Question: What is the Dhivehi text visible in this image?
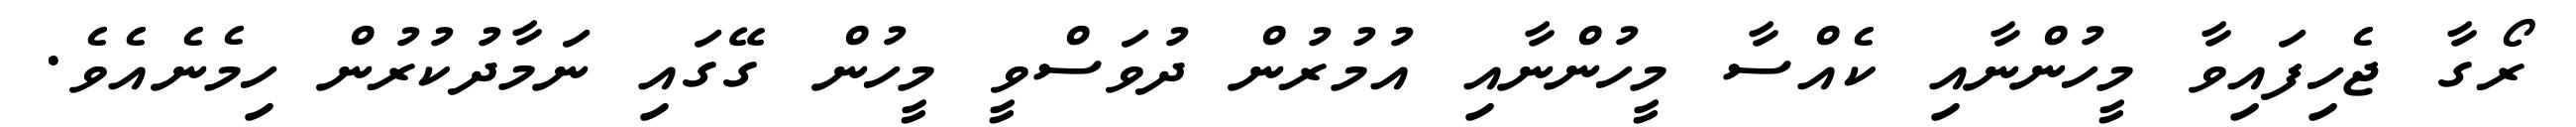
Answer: ރޯގާ ޖެހިފައިވާ މީހުންނާއި ކެއްސާ މީހުންނާއި އުމުރުން ދުވަސްވީ މީހުން ގޭގައި ނަމާދުކުރުން ހިމެނެއެވެ.